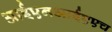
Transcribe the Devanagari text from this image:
आईएनआईएएच